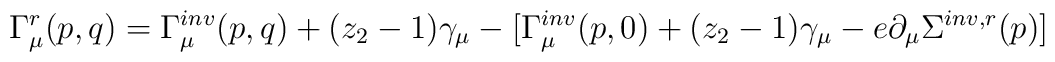
\Gamma^r_{\mu}(p,q)= \Gamma^{inv}_{\mu}(p,q)+(z_2-1) \gamma_{\mu}-[ \Gamma^{inv}_{\mu}(p,0)+(z_2-1) \gamma_{\mu}-e \partial_{\mu} \Sigma^{inv,r}(p)]